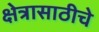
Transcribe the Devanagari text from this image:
क्षेत्रासाठीचे